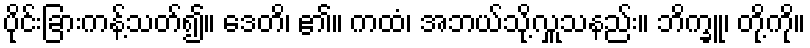
ပိုင်းခြားကန့်သတ်၍။ ဒေတိ၊ ၏။ ကထံ၊ အဘယ်သို့လှူသနည်း။ ဘိက္ခူ၊ တို့ကို။